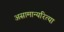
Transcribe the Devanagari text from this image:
असामान्यरित्या